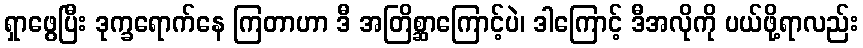
ရှာဖွေပြီး ဒုက္ခရောက်နေ ကြတာဟာ ဒီ အတြိစ္ဆာကြောင့်ပဲ၊ ဒါကြောင့် ဒီအလိုကို ပယ်ဖို့ရာလည်း